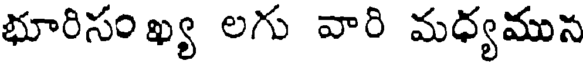
భూరిసం ఖ్య లగు వారి మధ్యమున